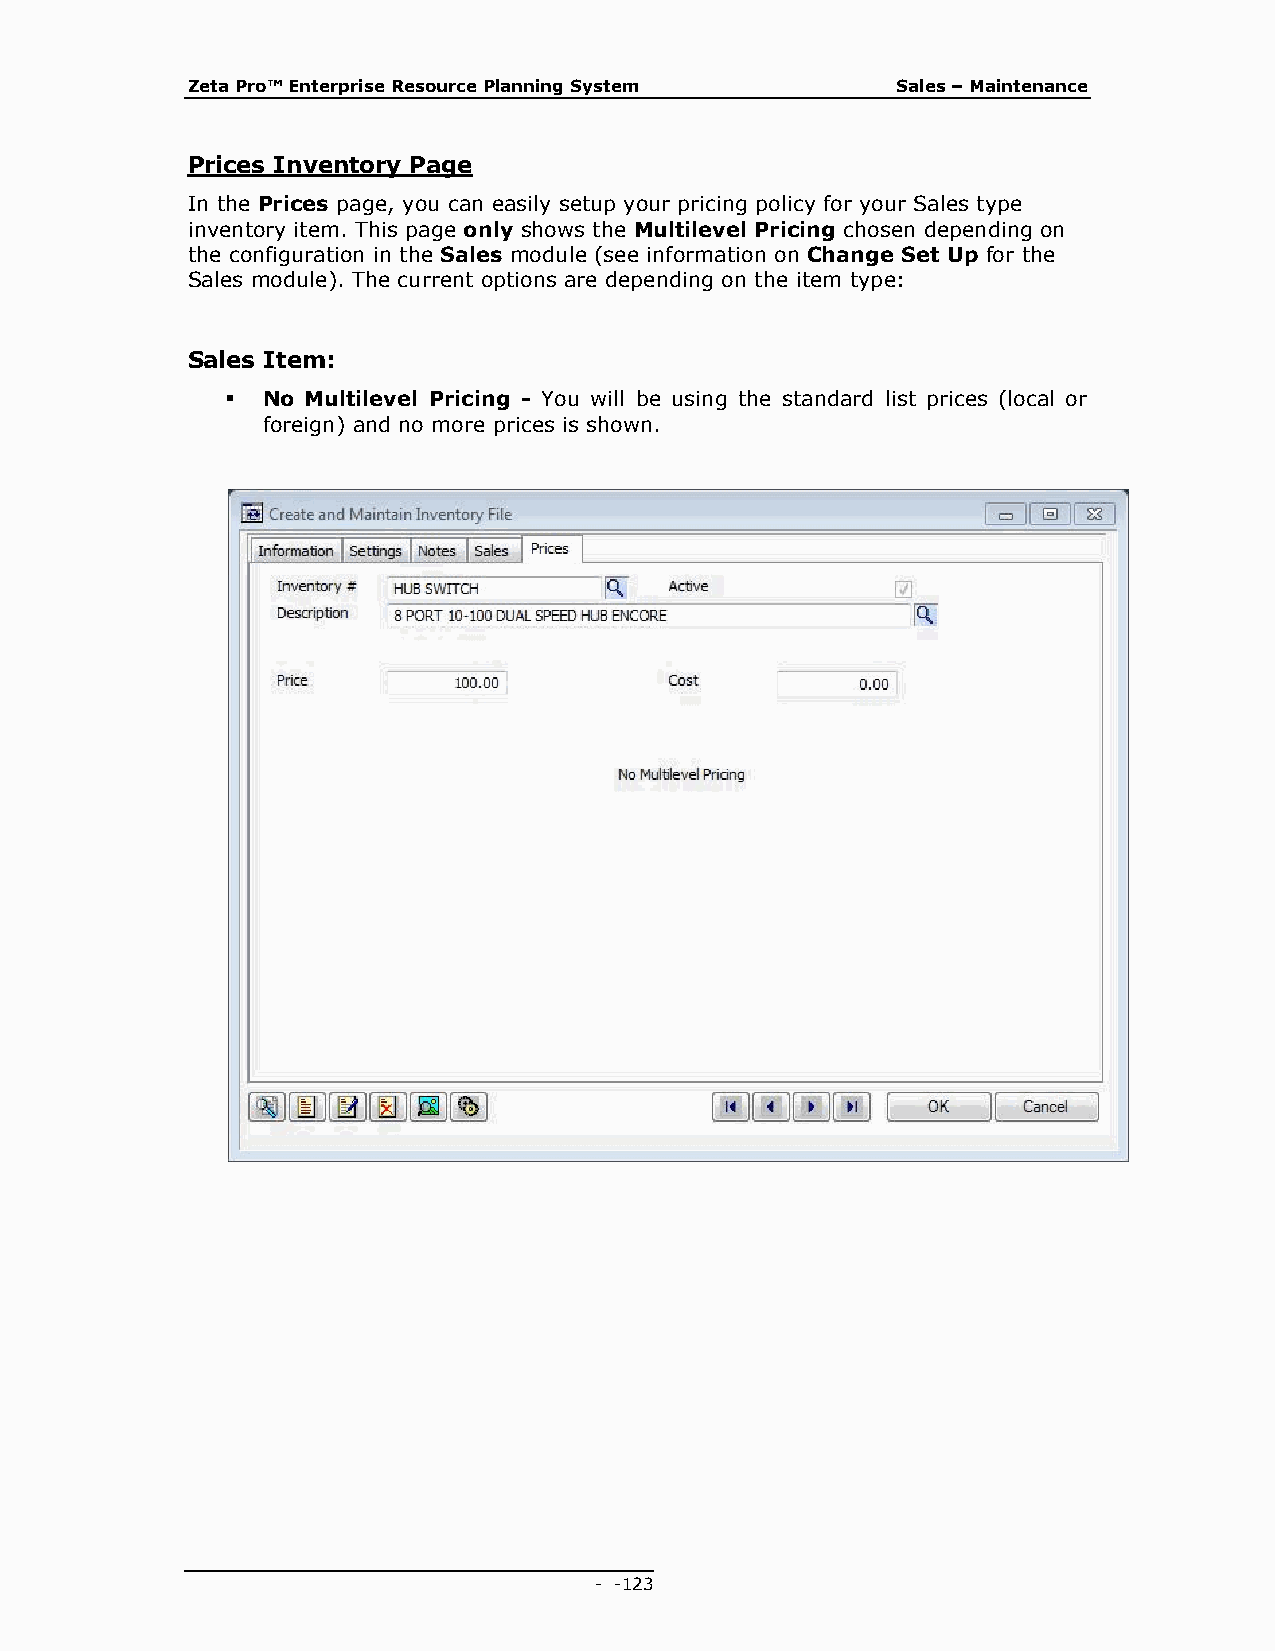
Zeta Pro™ Enterprise Resource Planning System  Sales – Maintenance
 Prices Inventory Page
 In the Prices page, you can easily setup your pricing policy for your Sales type
 inventory item. This page only shows the Multilevel Pricing chosen depending on
 the configuration in the Sales module (see information on Change Set Up for the
 Sales module). The current options are depending on the item type:
 Sales Item:
  No Multilevel Pricing - You will be using the standard list prices (local or
 foreign) and no more prices is shown.
 - - 123